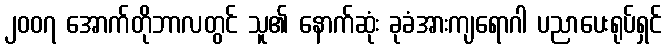
၂၀၀၇ အောက်တိုဘာလတွင် သူ၏ နောက်ဆုံး ခုခံအားကျရောဂါ ပညာပေးရုပ်ရှင်